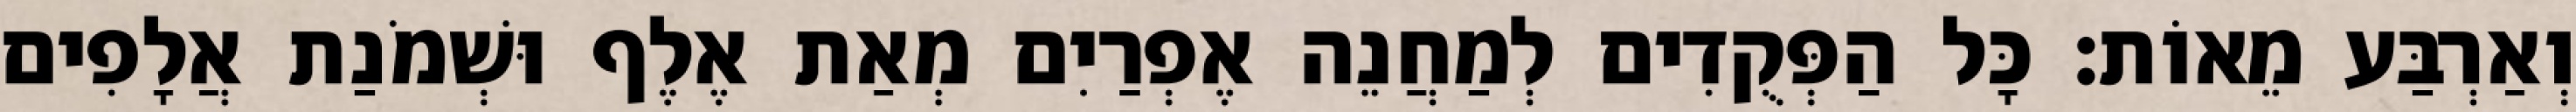
וְאַרְבַּע מֵאוֹת׃ כָּל הַפְּקֻדִים לְמַחֲנֵה אֶפְרַיִם מְאַת אֶלֶף וּשְׁמֹנַת אֲלָפִים